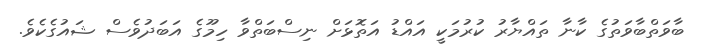
ބާވަތްބާވަތުގެ ކާނާ ތައްޔާރު ކުރުމަކީ އައްޑު އަތޮޅަށް ނިސްބަތްވާ ހިމޫގެ އަބަދުވެސް ޝައުގެކެވެ.